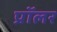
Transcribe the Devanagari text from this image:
प्रॉलर